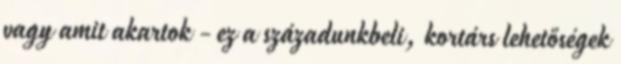
vagy amit akartok - ez a századunkbeli, kortárs lehetőségek